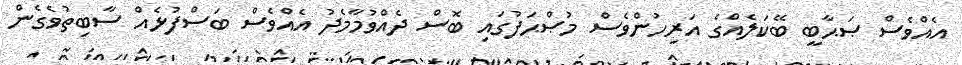
އެއްވެސް ޞަޙާބީ ބޭކަލެއްގެ އަރިހުންވެސް މުޞްޙަފުގައި ބޮސް ދެއްވުމާމެދު އެއްވެސް ބަސްފުޅެއް ސާބިތުވެގެން